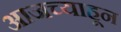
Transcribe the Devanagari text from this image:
आजच्याहून